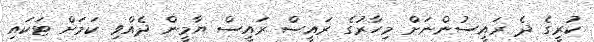
ކުރީގެ ދެ ރައީސުންނަށް މިހާރުގެ ރައީސް ރައީސް ޔާމީން ދެއްވި ކަމަށް ޓަކައި